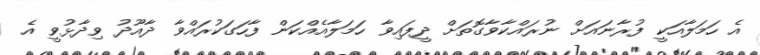
އެ ހަމަލާއަކީ ފުރާނައަށް ނުރައްކާވާގޮތަށް ދީފައިވާ ހަމަލާއެއްކަން ފާހަގަކުރައްވާ ދާއޫދު ވިދާޅުވީ އެ